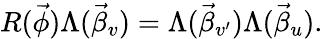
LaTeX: R(\vec{\phi})\Lambda(\vec{\beta}_{v})=\Lambda(\vec{\beta}_{v^{\prime}})\Lambda(\vec{\beta}_{u}).